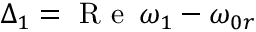
\Delta _ { 1 } = \mathrm { ~ R ~ e ~ } \, \omega _ { 1 } - \omega _ { 0 r }